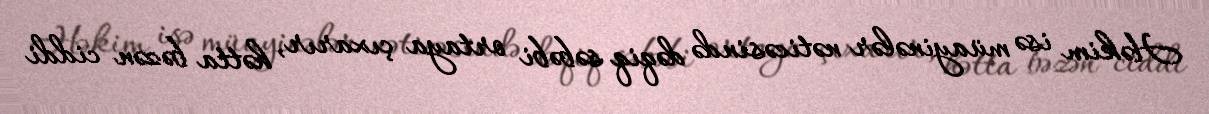
Həkim isə müayinələr nəticəsində dəqiq səbəbi ortaya çıxarır, hətta bəzən ciddi